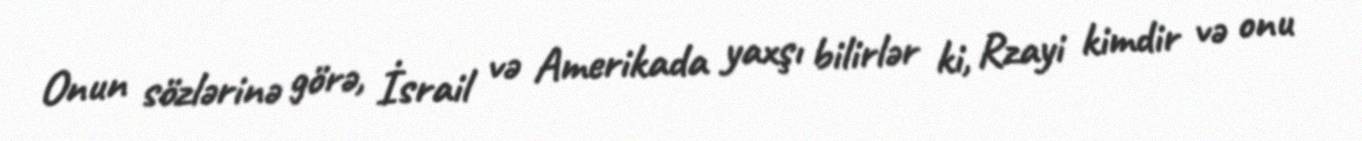
Onun sözlərinə görə, İsrail və Amerikada yaxşı bilirlər ki, Rzayi kimdir və onu